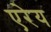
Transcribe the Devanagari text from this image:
एरेय